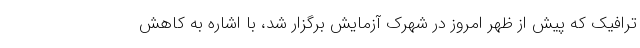
ترافیک که پیش از ظهر امروز در شهرک آزمایش برگزار شد، با اشاره به کاهش